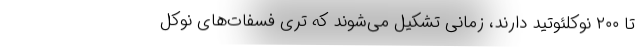
تا ۲۰۰ نوکلئوتید دارند، زمانی تشکیل می‌شوند که تری فسفات‌های نوکل